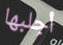
أجلبها